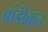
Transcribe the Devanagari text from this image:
ब्रांडीकृत